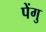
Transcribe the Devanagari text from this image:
पेंगु